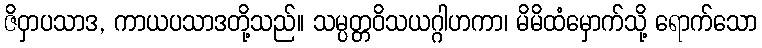
ဇိဝှာပသာဒ, ကာယပသာဒတို့သည်။ သမ္ပတ္တဝိသယဂ္ဂါဟကာ၊ မိမိထံမှောက်သို့ ရောက်သော